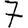
Digit: 7